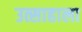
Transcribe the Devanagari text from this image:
उत्साहाला